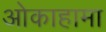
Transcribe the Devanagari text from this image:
ओकाहामा